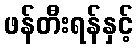
ဖန်တီးရန်နှင့်